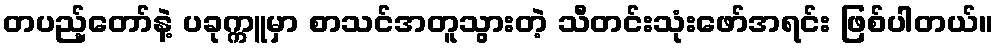
တပည့်တော်နဲ့ ပခုက္ကူမှာ စာသင်အတူသွားတဲ့ သီတင်းသုံးဖော်အရင်း ဖြစ်ပါတယ်။